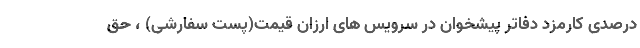
درصدی کارمزد دفاتر پیشخوان در سرویس های ارزان قیمت(پست سفارشی) ، حق